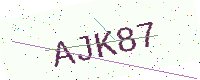
Text: AJK87